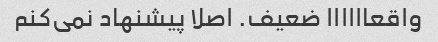
واقعاااااا ضعیف. اصلا پیشنهاد نمی‌کنم